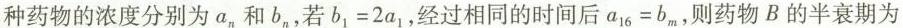
种药物的浓度分别为a_{n}}和b_{n}，若$$b _ { 1 } = 2 a _ { 1 }$$，经过相同的时间后$$a _ { 1 6 } = b _ { m }$$，则药物B的半衰期为